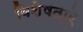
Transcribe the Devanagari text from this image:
विशेषताऐ